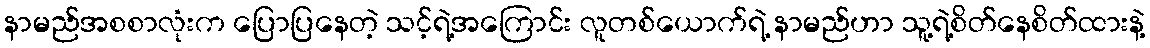
နာမည်အစစာလုံးက ပြောပြနေတဲ့ သင့်ရဲ့အကြောင်း လူတစ်ယောက်ရဲ့ နာမည်ဟာ သူ့ရဲ့စိတ်နေစိတ်ထားနဲ့